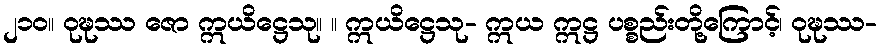
၂၁၀။ ဝုဍ္ဎဿ ဇော ဣယိဋ္ဌေသု။ ။ ဣယိဋ္ဌေသု- ဣယ ဣဋ္ဌ ပစ္စည်းတို့ကြောင့်၊ ဝုဍ္ဎဿ-